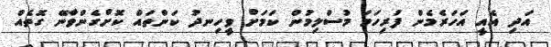
އަދި އެއީ އަހަރެމެން ފުރިހަމަ މުސްލިމުން ކަމަށް ވީހިނދު ކަންތައް ކޮށްގެންވާނޭ ގޮތެއް